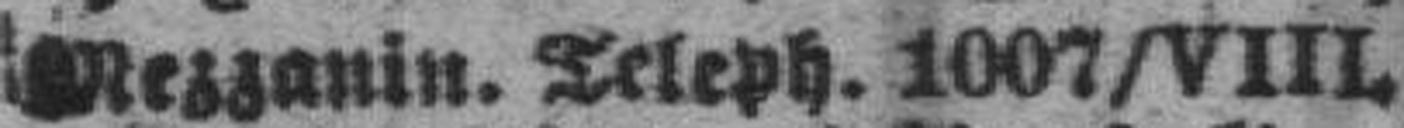
Mezzanin. Teleph. 1007/VIII.